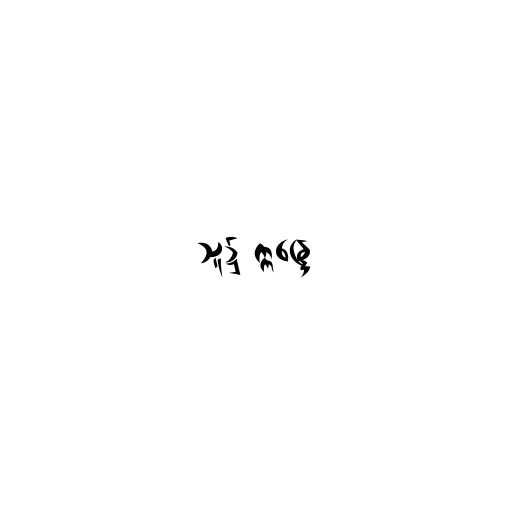
သူ၌ ဣန္ဒြေ